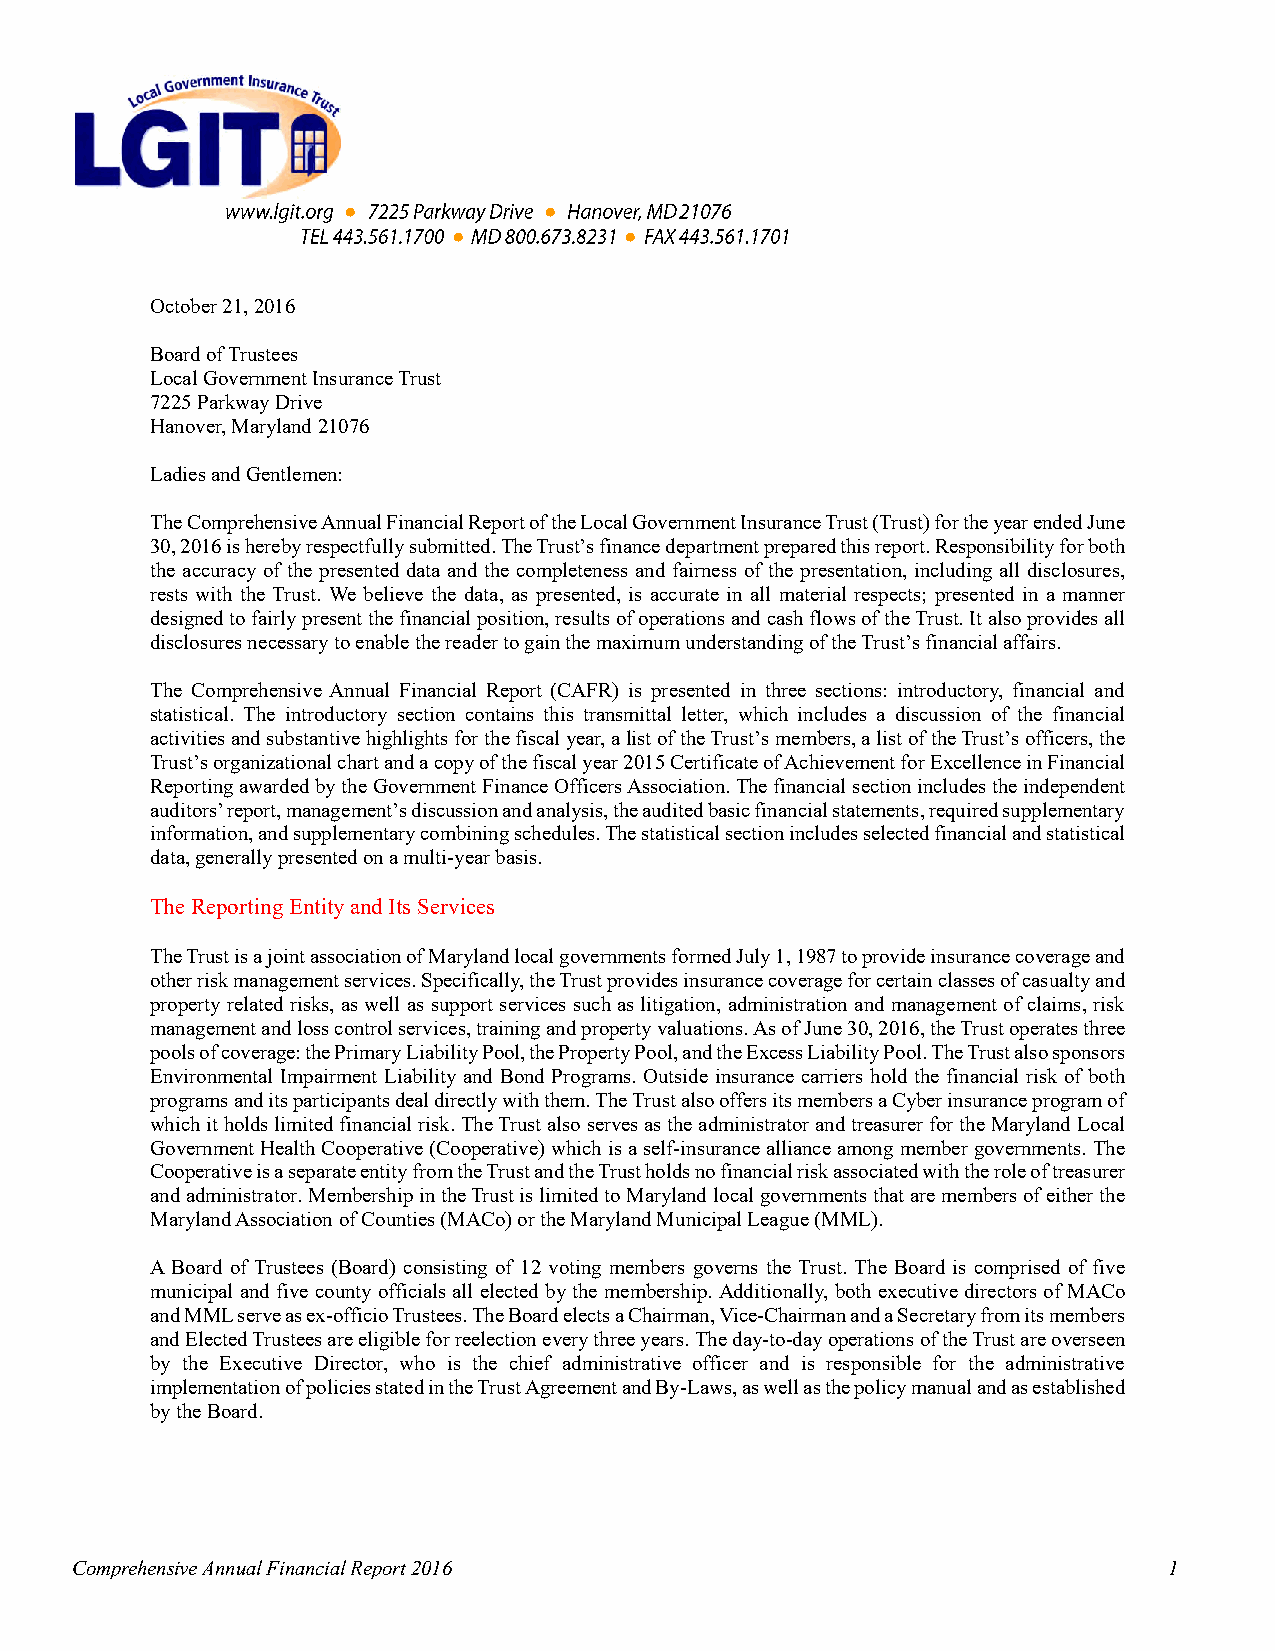
●            ●
 ●          ●
 October 21, 2016
 Board of Trustees
 Local Government Insurance Trust
 7225 Parkway Drive
 Hanover, Maryland 21076
 Ladies and Gentlemen:
 The Comprehensive Annual Financial Report of the Local Government Insurance Trust (Trust) for the year ended June
 30, 2016 is hereby respectfully submitted. The Trust’s finance department prepared this report. Responsibility for both
 the accuracy of the presented data and the completeness and fairness of the presentation, including all disclosures,
 rests with the Trust. We believe the data, as presented, is accurate in all material respects; presented in a manner
 designed to fairly present the financial position, results of operations and cash flows of the Trust. It also provides all
 disclosures necessary to enable the reader to gain the maximum understanding of the Trust’s financial affairs.
 The Comprehensive Annual Financial Report (CAFR) is presented in three sections: introductory, financial and
 statistical. The introductory section contains this transmittal letter, which includes a discussion of the financial
 activities and substantive highlights for the fiscal year, a list of the Trust’s members, a list of the Trust’s officers, the
 Trust’s organizational chart and a copy of the fiscal year 2015 Certificate of Achievement for Excellence in Financial
 Reporting awarded by the Government Finance Officers Association. The financial section includes the independent
 auditors’ report, management’s discussion and analysis, the audited basic financial statements, required supplementary
 information, and supplementary combining schedules. The statistical section includes selected financial and statistical
 data, generally presented on a multi-year basis.
 The Reporting Entity and Its Services
 The Trust is a joint association of Maryland local governments formed July 1, 1987 to provide insurance coverage and
 other risk management services. Specifically, the Trust provides insurance coverage for certain classes of casualty and
 property related risks, as well as support services such as litigation, administration and management of claims, risk
 management and loss control services, training and property valuations. As of June 30, 2016, the Trust operates three
 pools of coverage: the Primary Liability Pool, the Property Pool, and the Excess Liability Pool. The Trust also sponsors
 Environmental Impairment Liability and Bond Programs. Outside insurance carriers hold the financial risk of both
 programs and its participants deal directly with them. The Trust also offers its members a Cyber insurance program of
 which it holds limited financial risk. The Trust also serves as the administrator and treasurer for the Maryland Local
 Government Health Cooperative (Cooperative) which is a self-insurance alliance among member governments. The
 Cooperative is a separate entity from the Trust and the Trust holds no financial risk associated with the role of treasurer
 and administrator. Membership in the Trust is limited to Maryland local governments that are members of either the
 Maryland Association of Counties (MACo) or the Maryland Municipal League (MML).
 A Board of Trustees (Board) consisting of 12 voting members governs the Trust. The Board is comprised of five
 municipal and five county officials all elected by the membership. Additionally, both executive directors of MACo
 and MML serve as ex-officio Trustees. The Board elects a Chairman, Vice-Chairman and a Secretary from its members
 and Elected Trustees are eligible for reelection every three years. The day-to-day operations of the Trust are overseen
 by the Executive Director, who is the chief administrative officer and is responsible for the administrative
 implementation of policies stated in the Trust Agreement and By-Laws, as well as the policy manual and as established
 by the Board.
 Comprehensive Annual Financial Report 2016                              1